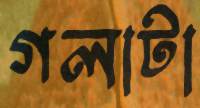
গলাটা